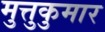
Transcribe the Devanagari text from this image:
मुत्तुकुमार